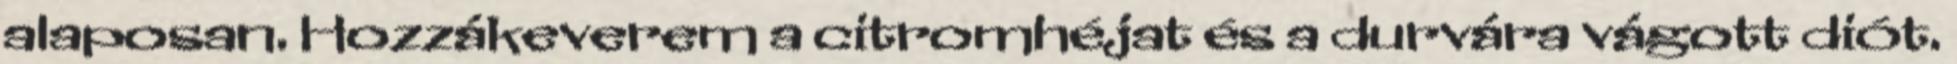
alaposan. Hozzákeverem a citromhéjat és a durvára vágott diót.